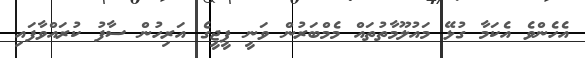
އެހެންވެ އެކަމާ ގުޅޭ މައުލޫމާތުތައް މެމްބަރުން ވަނީ ޕީޖީގެ އަރިހުން ސާފު ކުރައްވާފައި